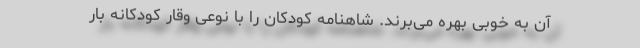
آن به خوبی بهره می‌برند. شاهنامه کودکان را با نوعی وقار کودکانه بار